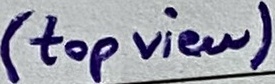
Text: (top view)